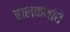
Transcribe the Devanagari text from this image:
बालकथांचे